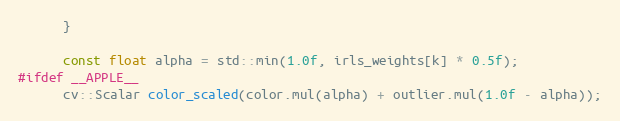
Language: C++
      }

      const float alpha = std::min(1.0f, irls_weights[k] * 0.5f);
#ifdef __APPLE__
      cv::Scalar color_scaled(color.mul(alpha) + outlier.mul(1.0f - alpha));